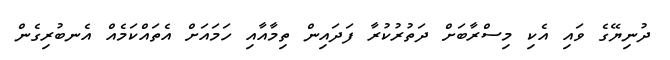
ދުނިޔޭގެ ވައި އެކި މިސްރާބަށް ދަތުރުކުރާ ފަދައިން ތިމާއާއި ހަމައަށް އެތައްކަމެއް އެނބުރިގެން